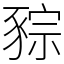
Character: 䝋